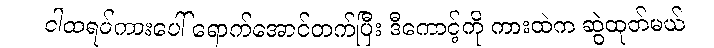
ငါထရပ်ကားပေါ် ရောက်အောင်တက်ပြီး ဒီကောင့်ကို ကားထဲက ဆွဲထုတ်မယ်